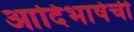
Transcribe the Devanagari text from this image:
आदिभाषेची